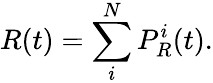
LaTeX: R(t)=\sum_{i}^{N}{P_{R}^{i}(t)}.